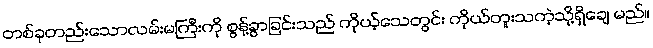
တစ်ခုတည်းသောလမ်းမကြီးကို စွန့်ခွာခြင်းသည် ကိုယ့်သေတွင်း ကိုယ်တူးသကဲ့သို့ရှိချေ မည်။